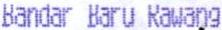
BANDAR BARU RAWANG